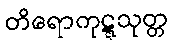
တိရောကုဋ္ဋသုတ္တ